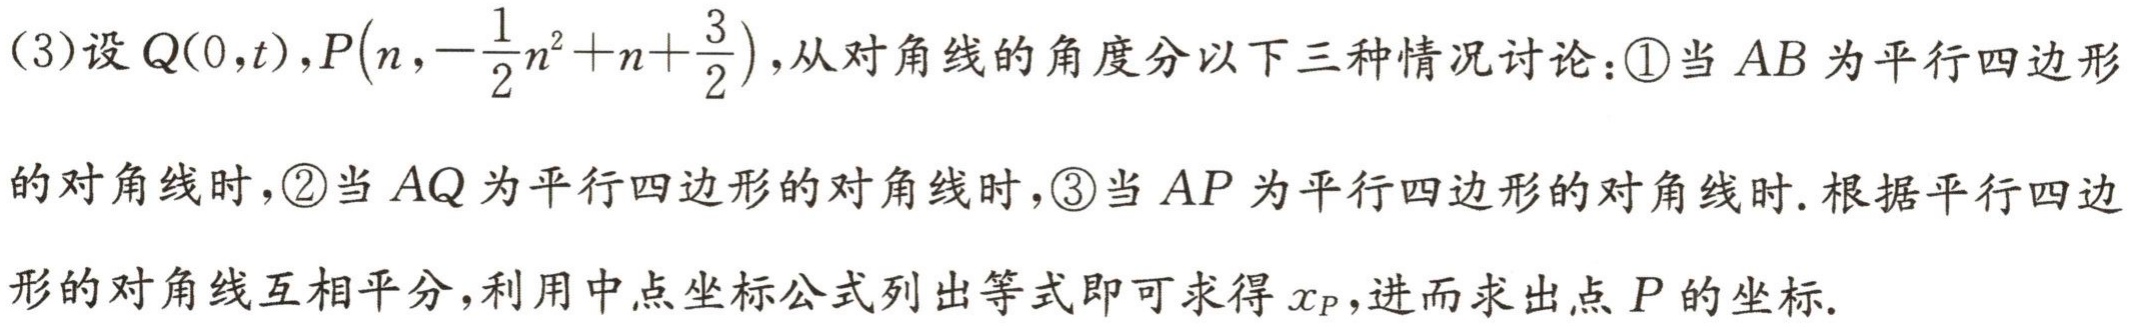
(3)设\(Q(0,t),P\left(n,-\frac{1}{2}n^{2}+n+\frac{3}{2}\right)\)，从对角线的角度分以下三种情况讨论：\textcircled{1}当\(AB\)为平行四边形
的对角线时，\textcircled{2}当\(AQ\)为平行四边形的对角线时，\textcircled{3}当\(AP\)为平行四边形的对角线时. 根据平行四边
形的对角线互相平分，利用中点坐标公式列出等式即可求得\(x_{P}\)，进而求出点\(P\)的坐标.